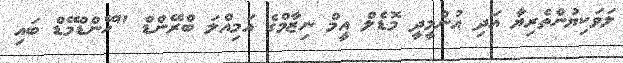
ލަވަކިޔުންތެރިޔާ އަދި އުންމީދީ މޮޑެލް އީމް ނިޒާމްގެ އަމިއްލަ ބްރޭންޑް "ހޭންޑްމޭޑް ބައި